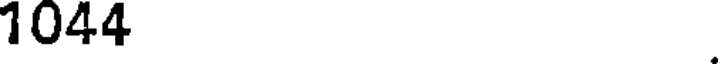
1044